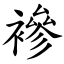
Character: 襂